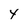
Character: Y